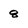
Character: 8